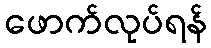
ဖောက်လုပ်ရန်